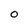
Character: 0